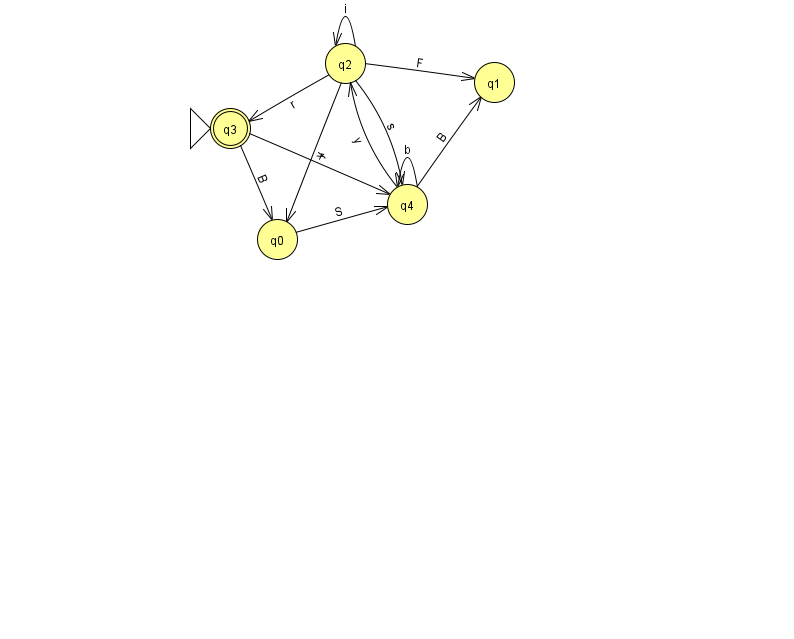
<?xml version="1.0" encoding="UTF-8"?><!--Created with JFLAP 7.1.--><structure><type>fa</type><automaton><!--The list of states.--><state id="0" name="q0"><x>277.0</x><y>226.0</y></state><state id="1" name="q1"><x>494.0</x><y>69.0</y></state><state id="2" name="q2"><x>345.0</x><y>50.0</y></state><state id="3" name="q3"><x>230.0</x><y>115.0</y><initial/><final/></state><state id="4" name="q4"><x>407.0</x><y>191.0</y></state><!--The list of transitions.--><transition><from>2</from><to>0</to><read>y</read></transition><transition><from>4</from><to>1</to><read>B</read></transition><transition><from>4</from><to>2</to><read>y</read></transition><transition><from>4</from><to>4</to><read>b</read></transition><transition><from>0</from><to>4</to><read>S</read></transition><transition><from>2</from><to>3</to><read>r</read></transition><transition><from>2</from><to>4</to><read>s</read></transition><transition><from>2</from><to>2</to><read>i</read></transition><transition><from>2</from><to>1</to><read>F</read></transition><transition><from>3</from><to>0</to><read>B</read></transition><transition><from>3</from><to>4</to><read>r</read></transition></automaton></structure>